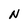
Character: N